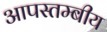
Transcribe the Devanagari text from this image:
आपस्तम्बीय